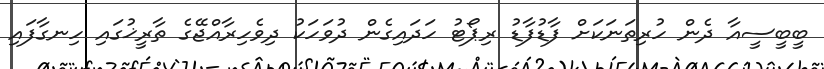
ބީބީސީއާ ދެން ހުރިތަނަކަށް ފާޑުފާޑު ރިޕޯޓު ހަދައިގެން ދުވަހަކު ދިވެހިރާއްޖޭގެ ތާރީޚުގައި ހިނގާފައި